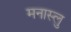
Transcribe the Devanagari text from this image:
मनास्लु